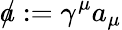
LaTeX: {a\! \! \! /}:=\gamma^{\mu}a_{\mu}